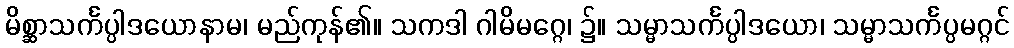
မိစ္ဆာသင်္ကပ္ပါဒယောနာမ၊ မည်ကုန်၏။ သကဒါ ဂါမိမဂ္ဂေ၊ ၌။ သမ္မာသင်္ကပ္ပါဒယော၊ သမ္မာသင်္ကပ္ပမဂ္ဂင်